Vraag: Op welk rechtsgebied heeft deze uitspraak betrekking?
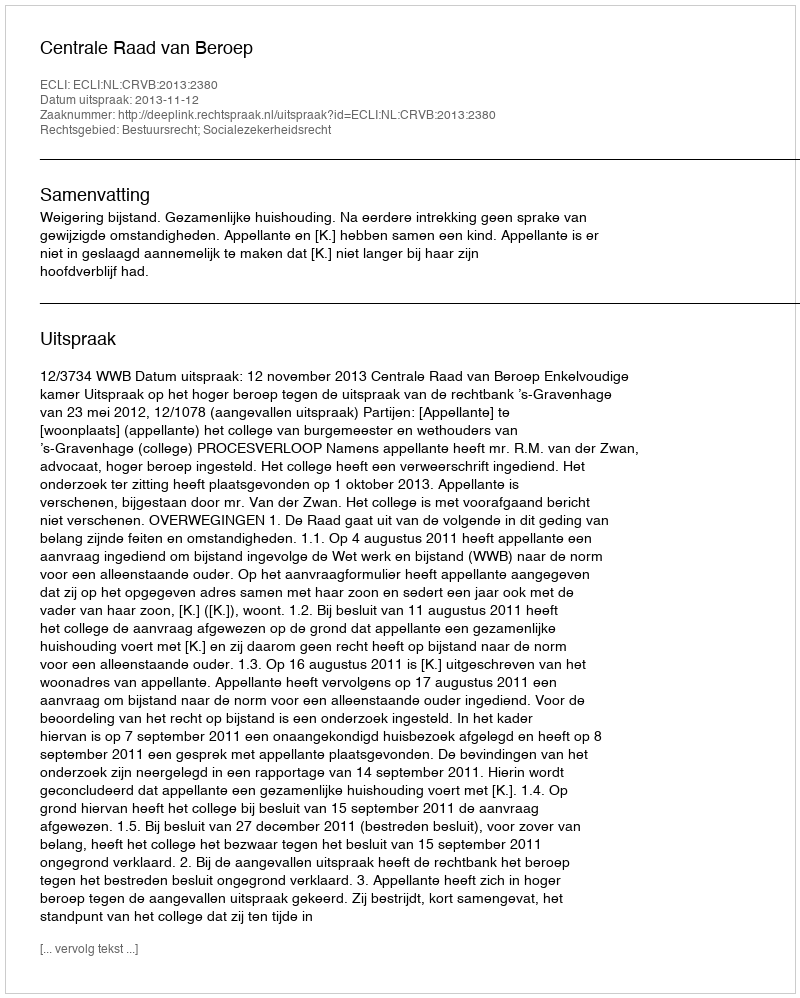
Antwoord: Bestuursrecht; Socialezekerheidsrecht